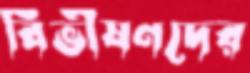
বিভীষণদের